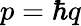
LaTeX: p=\hbar q